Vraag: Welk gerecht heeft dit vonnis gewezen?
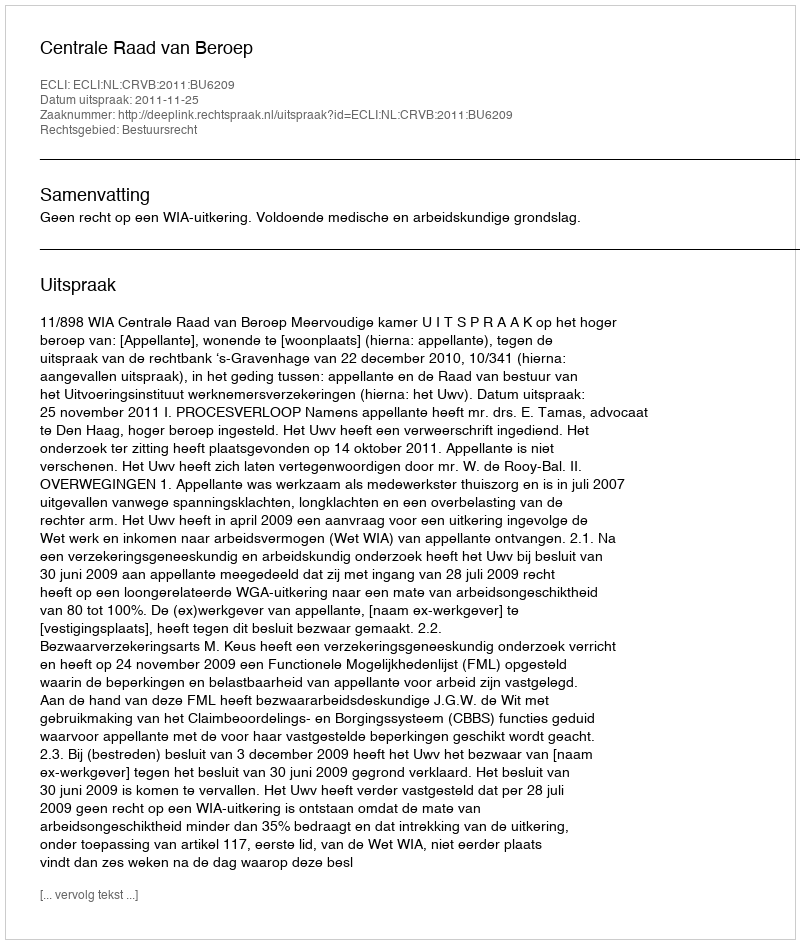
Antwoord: Centrale Raad van Beroep